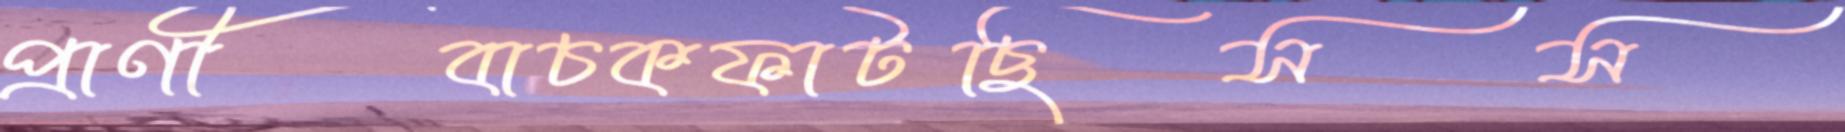
প্রাণীবাচকফাটছিসস